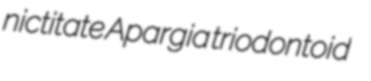
nictitate Apargia triodontoid